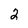
Character: 2